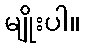
မျိုးပါ။